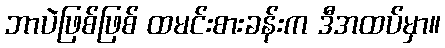
ဘာပဲဖြစ်ဖြစ် ထမင်းစားခန်းက ဒီအထပ်မှာ။